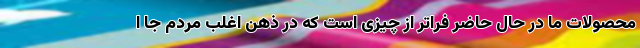
محصولات ما در حال حاضر فراتر از چیزی است که در ذهن اغلب مردم جا ا